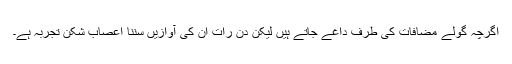
اگرچہ گولے مضافات کی طرف داغے جاتے ہیں لیکن دن رات ان کی آوازیں سننا اعصاب شکن تجربہ ہے۔